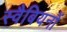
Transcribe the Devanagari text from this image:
स्वैबियनों